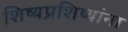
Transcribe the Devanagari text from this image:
शिष्यप्रशिष्यांना